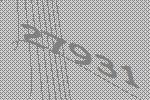
27931